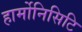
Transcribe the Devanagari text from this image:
हार्मोनिसिटि